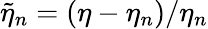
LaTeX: \tilde{\eta}_{n}=(\eta-\eta_{n})/\eta_{n}